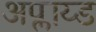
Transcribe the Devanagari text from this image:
अप्लाय्ड